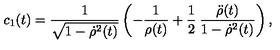
c _ { 1 } ( t ) = \frac { 1 } { \sqrt { 1 - { \dot { \rho } } ^ { 2 } ( t ) } } \left( - \frac { 1 } { \rho ( t ) } + \frac { 1 } { 2 } \: \frac { { \ddot { \rho } } ( t ) } { 1 - { \dot { \rho } } ^ { 2 } ( t ) } \right) ,